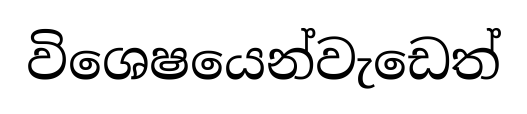
විශෙෂයෙන්වැඩෙත්